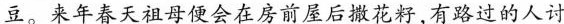
豆。来年春天祖母便会在房前屋后撒花籽，有路过的人讨